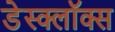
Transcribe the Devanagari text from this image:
डेस्क्लॉक्स